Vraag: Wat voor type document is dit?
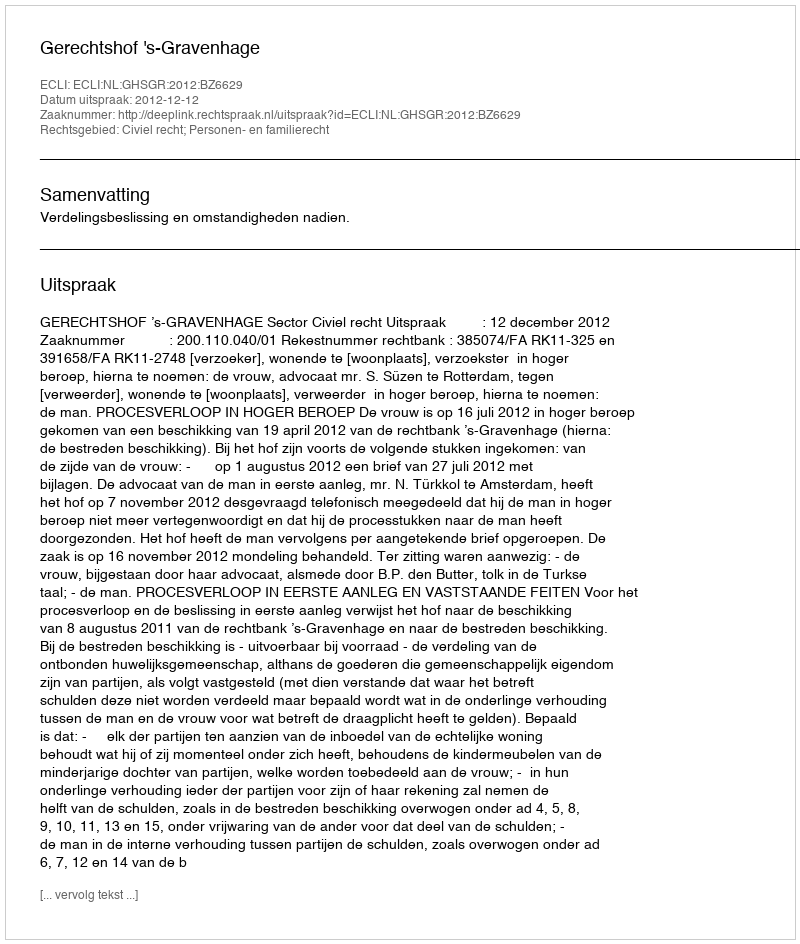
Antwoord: Uitspraak